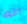
انه